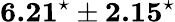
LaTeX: \textbf{6.21}^{\star}\pm\textbf{2.15}^{\star}